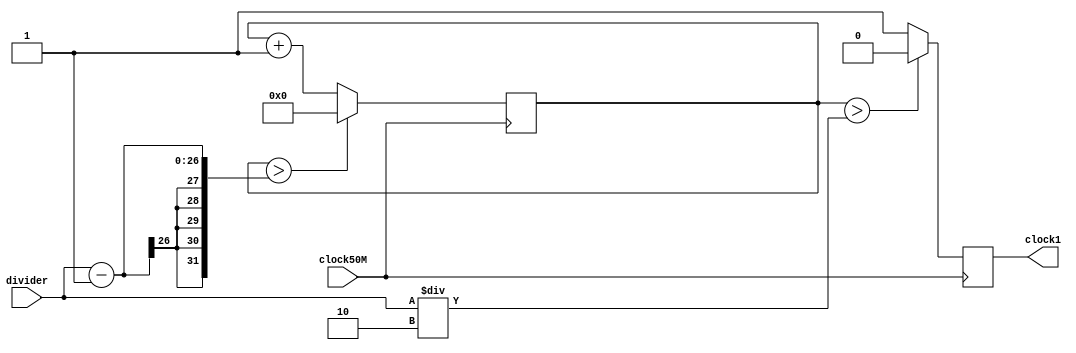
module frequencyDivider (input clock50M, input [25:0] divider, output reg clock1);

	reg[25:0] count = 26'd0; // 26 bits = 67.108.864 in decimal

	always @ (posedge clock50M) begin
		count <= count + 26'd1;
		clock1 = (count > (divider/2)) ? 1'b0 : 1'b1;

		if(count > (divider-1))
			count <= 26'd0;
	end

endmodule